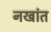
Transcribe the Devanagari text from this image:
नखांत